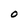
Character: O